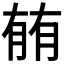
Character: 𰗈